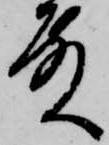
殿